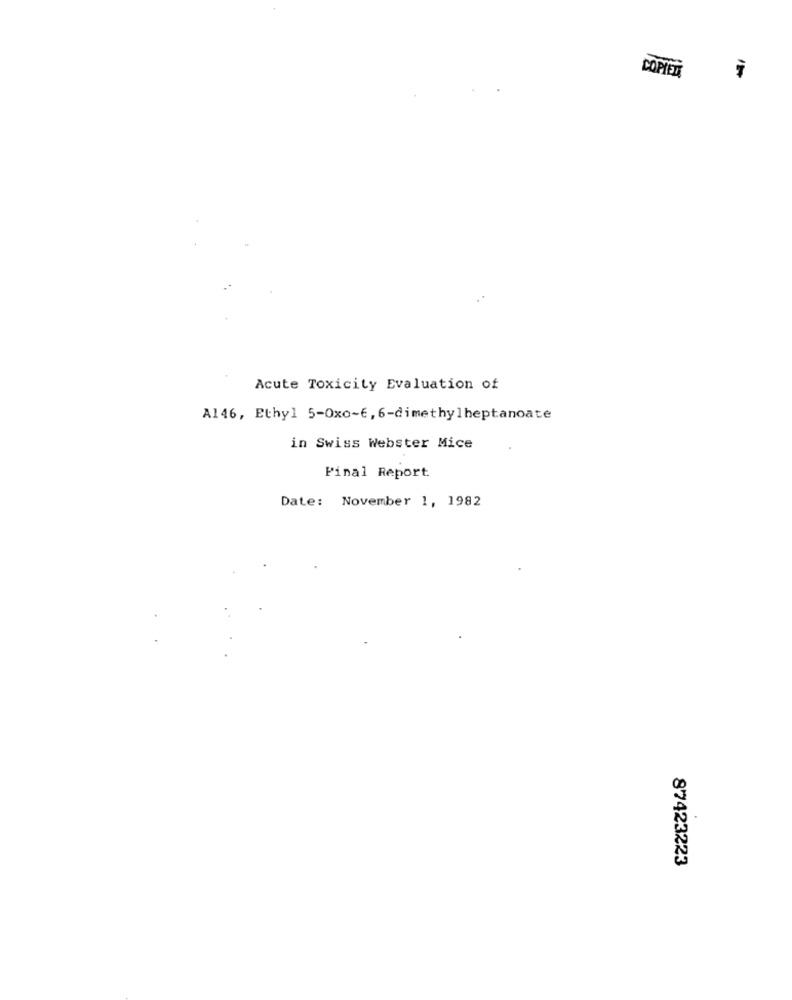
COPIES
Acute Toxicity Evaluation of
A146, Ethyl 5-Oxo-6, 6-dimethylheptanoate
in Swiss Webster Mice
Final Report
Date: November 1, 1982
87423223